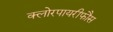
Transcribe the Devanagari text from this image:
क्लोरपायरीफौस